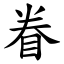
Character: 眷